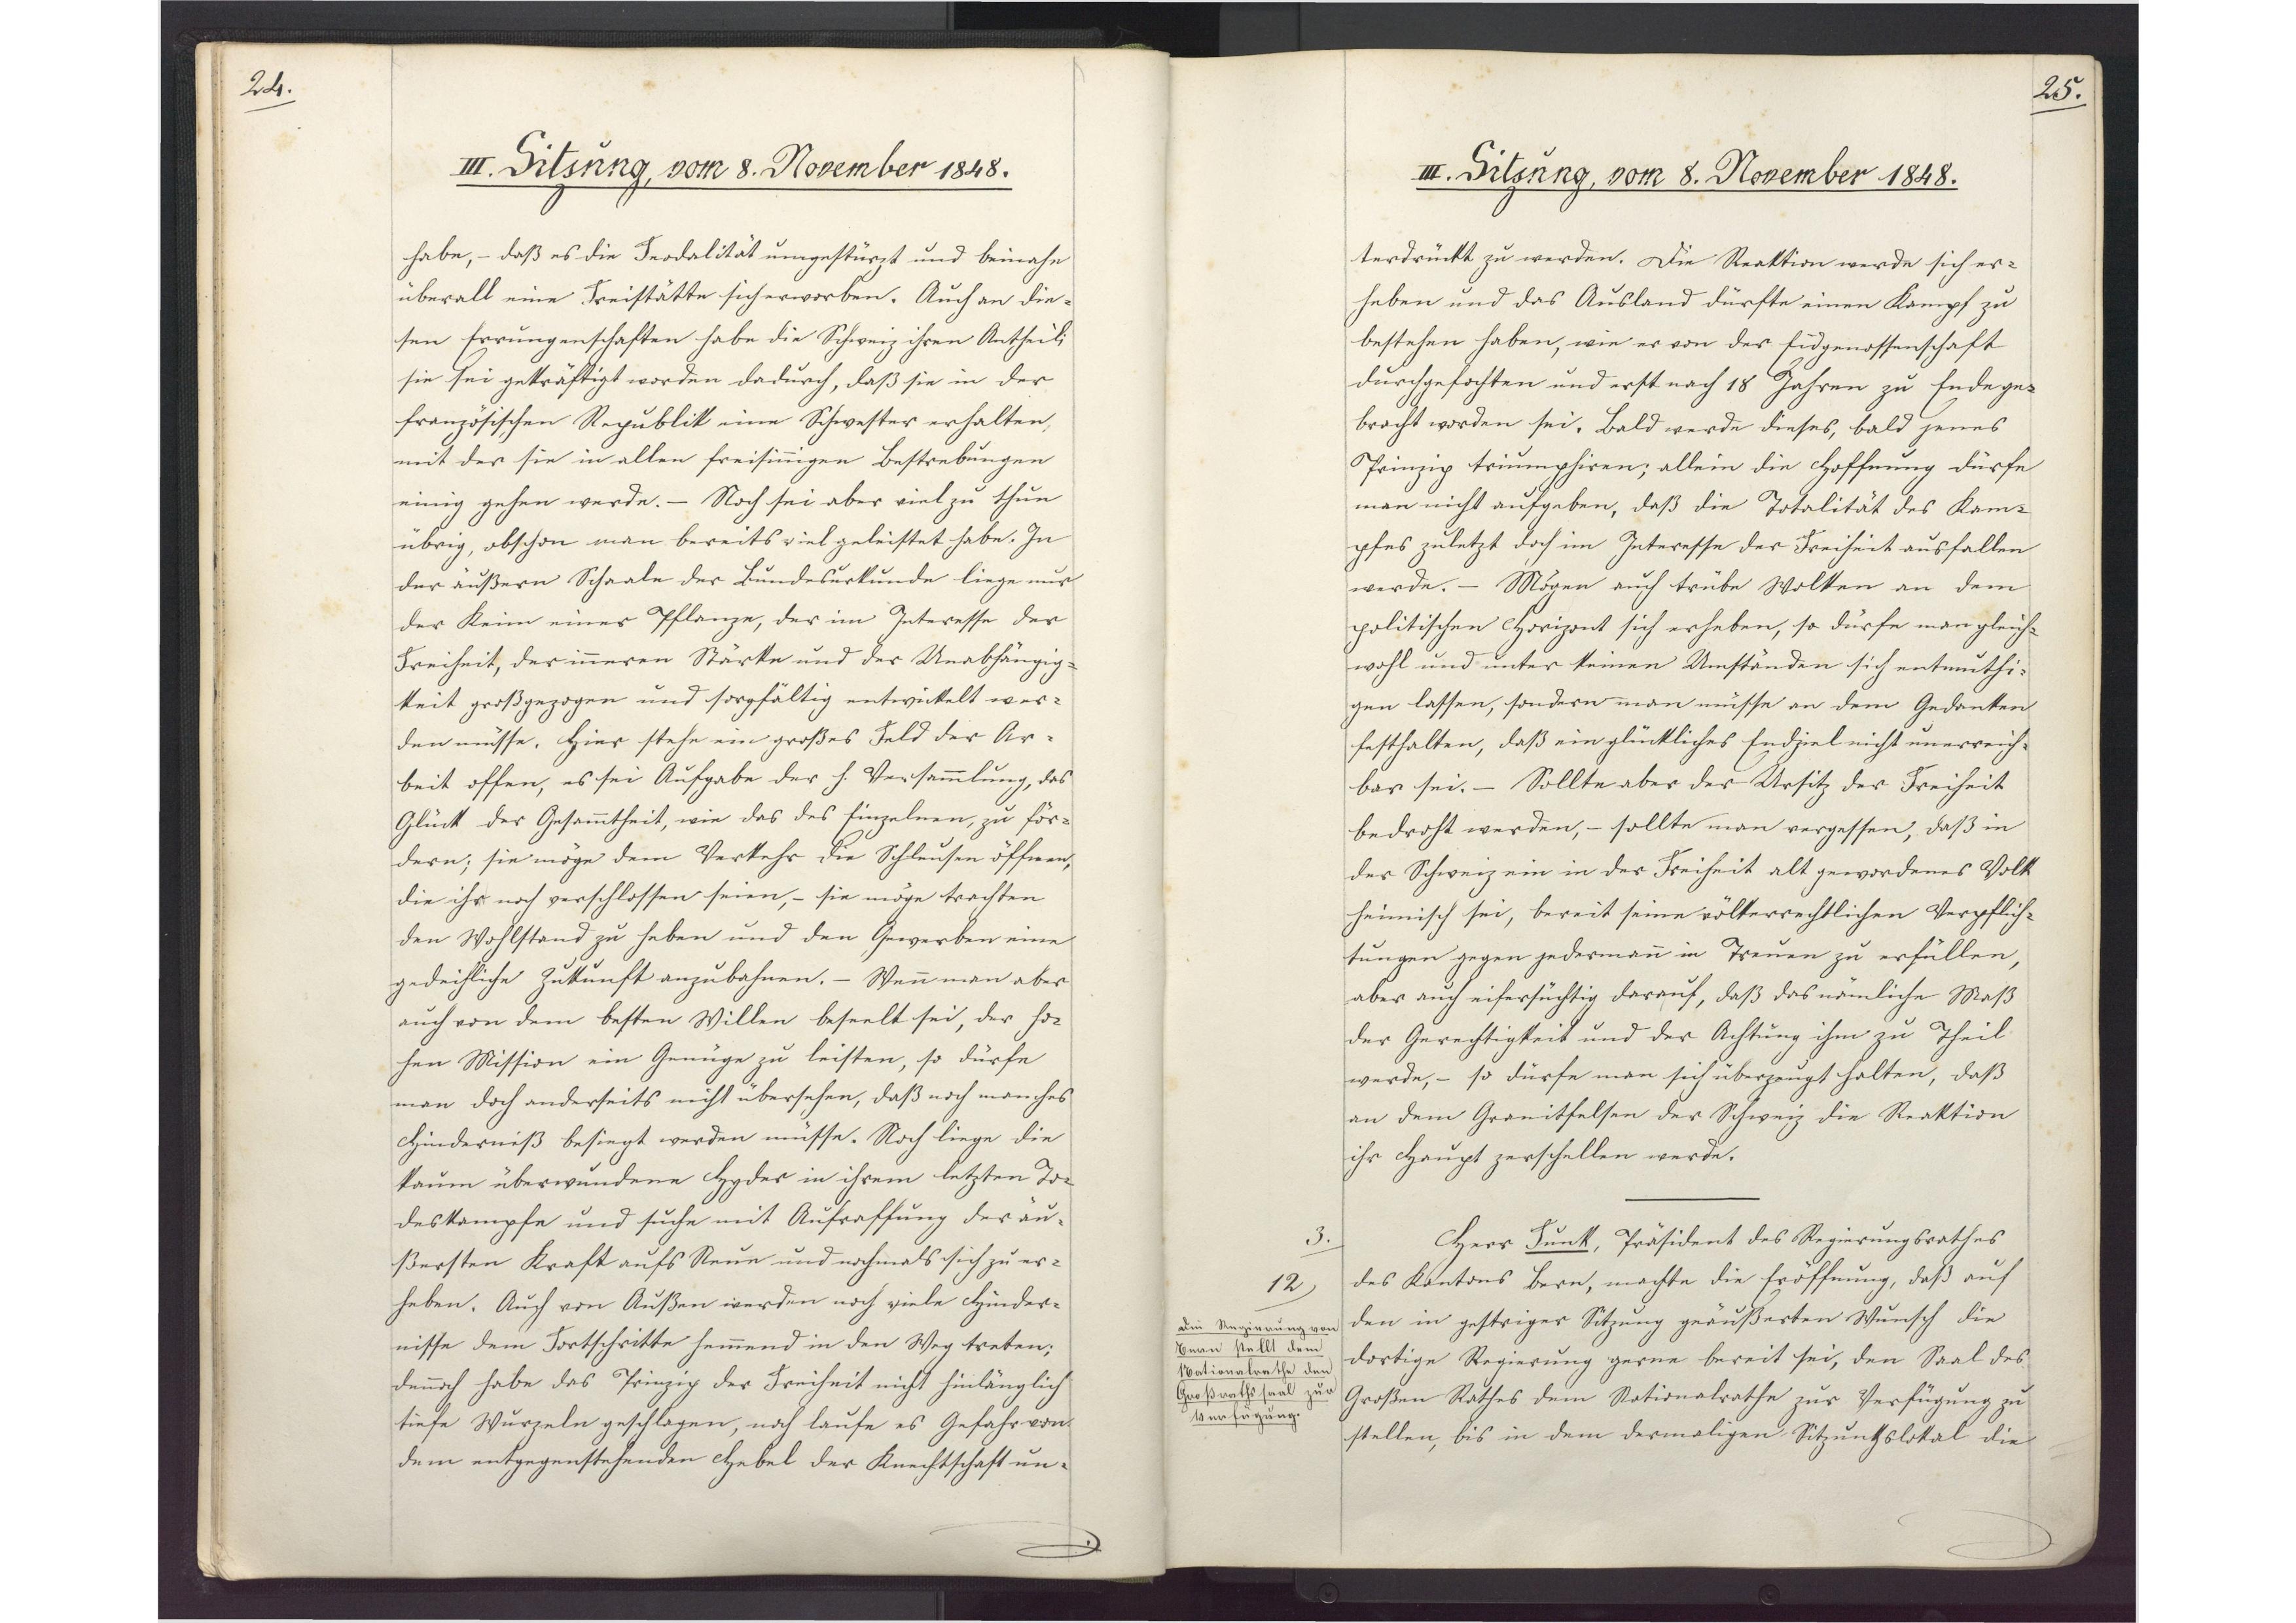
24.

III. Sitzung, vom 8. November 1848.

habe, - daß es die Feodalität umgestürzt und beinahe
überall eine Freistätte sich erworben. Auch an die¬
sen Errungenschaften habe die Schweiz ihren Antheil;
sie sei gekräftigt worden dadurch, daß sie in der
französischen Republik eine Schwester erhalten,
mit der sie in allen freisinnigen Bestrebungen
einig gehen werde.- Noch sei aber viel zu thun
übrig, obschon man bereits viel geleistet habe. In
der äußern Schaale der Bundesurkunde liege nur
der Keim einer Pflanze, der im Interesse der
Freiheit, der inneren Stärke und der Unabhängig¬
keit großgezogen und sorgfältig entwickelt wer¬
den müsse. Hier stehe ein großes Feld der Ar¬
beit offen, es sei Aufgabe der h. Versammlung, das
Glück der Gesammtheit, wie das des Einzelnen, zu för¬
dern; sie möge dem Verkehr die Schleusen öffnen,
die ihr noch verschlossen seien, - sie möge trachten
den Wohlstand zu haben und den Gewerben eine
gedeihliche Zukunft anzubahnen.- Wenn man aber
auch von dem besten Willen beseelt sei, der ho¬
hen Mission ein Genüge zu leisten, so dürfe
man doch anderseits nicht übersehen, daß noch manches
Hinderniß besiegt werden müsse. Noch liege die
kaum überwundene Hyder in ihrem letzten To¬
deskampfe und suche mit Aufraffung der äu¬
ßersten Kraft aufs Neue und nochmals sich zu er¬
heben. Auch von Außen werden noch viele Hinder¬
nisse dem Fortschritte hemmend in den Weg treten,
dennoch habe das Prinzip der Freiheit nicht hinlänglich
tiefe Wurzeln geschlagen, noch laufe es Gefahr von
dem entgegenstehenden Hebel der Knechtschaft un¬

25.

III. Sitzung, vom 8. November 1848.

terdrückt zu werden. Die Reaktion werde sich er¬
heben und das Ausland dürfte einen Kampf zu
bestehen haben, wie er von der Eidgenossenschaft
durchgefochten und erst nach 18 Jahren zu Ende ge¬
bracht worden sei. Bald werde dieses, bald jenes
Prinzip triumphiren; allein die Hoffnung dürfe
man nicht aufgeben, daß die Totalität des Kam¬
pfes zuletzt doch im Interesse der Freiheit ausfallen
werde.- Mögen auch trübe Wolken an dem
politischen Horizont sich erheben, so dürfe man gleich¬
wohl und unter keinen Umständen sich entmuthi¬
gen lassen, sondern man müsse an dem Gedanken
festhalten, daß ein glückliches Endziel nicht unerreich¬
bar sei. - Sollte aber der Ursitz der Freiheit
bedroht werden, - sollte man vergessen, daß in
der Schweiz ein in der Freiheit alt gewordenes Volk
heimisch sei, bereit seine völkerrechtlichen Verpflich¬
tungen gegen jedermann in Treuen zu erfüllen,
aber auch eifersüchtig darauf, daß das nämliche Maß
der Gerechtigkeit und der Achtung ihm zu Theil
werde, - so dürfe man sich überzeugt halten, daß
an dem Granitfelsen der Schweiz die Reaktion
ihr Haupt zerschellen werde.
Herr Funk, Präsident des Regierungsrathes
des Kantons Bern, machte die Eröffnung, daß auf
den in gestriger Sitzung geäußerten Wunsch die
dortige Regierung gerne bereit sei, den Saal des
Großen Rathes dem Nationalrathe zur Verfügung zu
stellen, bis in dem dermaligen Sitzungslokal die

3.
12
Die Regierung von
Bern stellt dem
Nationalrathe den
Großrathssaal zur
Verfügung.